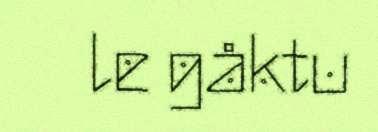
le gåktu